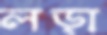
লড়া